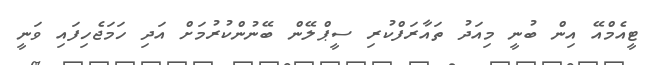
ޓީއެމްއޭ އިން ބުނީ މިއަދު ތައާރަފްކުރި ސީޕްލޭން ބޭނުންކުރުމަށް އަދި ހަމަޖެހިފައި ވަނީ